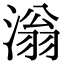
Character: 滃